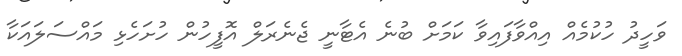
ވަހީދު ހުކުމެއް އިއްވާފައިވާ ކަމަށް ބުނެ އެޓާނީ ޖެނެރަލް އޮފީހުން ހުށަހެޅި މައްސަލައަކާ